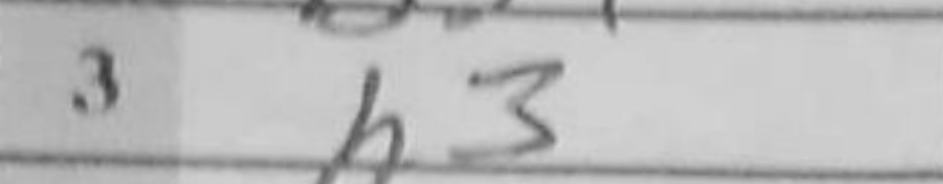
Transcription: h3